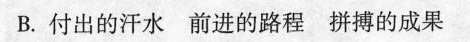
B.付出的汗水 前进的路程 拼搏的成果